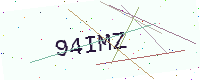
Text: 94IMZ